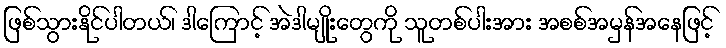
ဖြစ်သွားနိုင်ပါတယ်၊ ဒါကြောင့် အဲဒါမျိုးတွေကို သူတစ်ပါးအား အစစ်အမှန်အနေဖြင့်